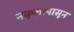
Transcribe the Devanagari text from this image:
नकुलापासून